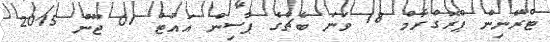
ޓްރޭނިން ޕްރޮގްރާމް 18 ވަނަ ބެޗްގެ ޕާސިން އައުޓް 01 ޖޫން 2015